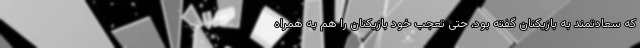
که سعادتمند به بازیکنان گفته بود، حتی تعجب خود بازیکنان را هم به همراه